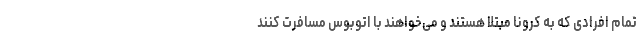
تمام افرادی که به کرونا مبتلا هستند و می‌خواهند با اتوبوس مسافرت کنند